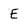
Character: E